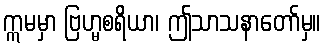
ဣမမှာ ဗြဟ္မစရိယာ၊ ဤသာသနာတော်မှ။